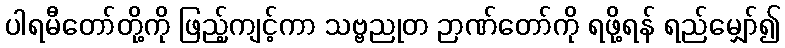
ပါရမီတော်တို့ကို ဖြည့်ကျင့်ကာ သဗ္ဗညုတ ဉာဏ်တော်ကို ရဖို့ရန် ရည်မျှော်၍